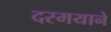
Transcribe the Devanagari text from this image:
दरमयाने